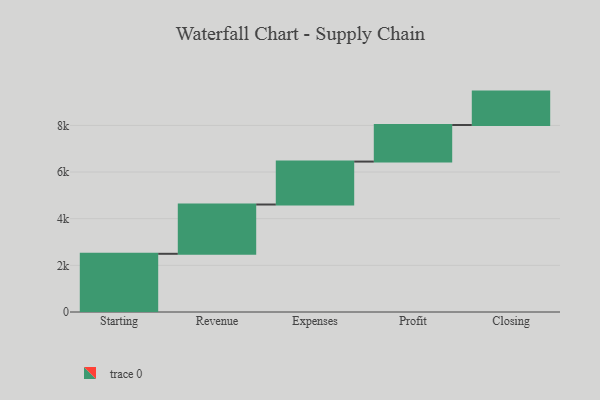
{"axis": {"x": "Step", "y": "Value"}, "legend": [""], "data": [{"x": "Starting", "y": 2495.0, "type": ""}, {"x": "Revenue", "y": 2113.0, "type": ""}, {"x": "Expenses", "y": 1840.0, "type": ""}, {"x": "Profit", "y": 1568.0, "type": ""}, {"x": "Closing", "y": 1432.0, "type": ""}]}